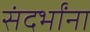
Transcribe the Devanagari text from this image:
संदर्भांना